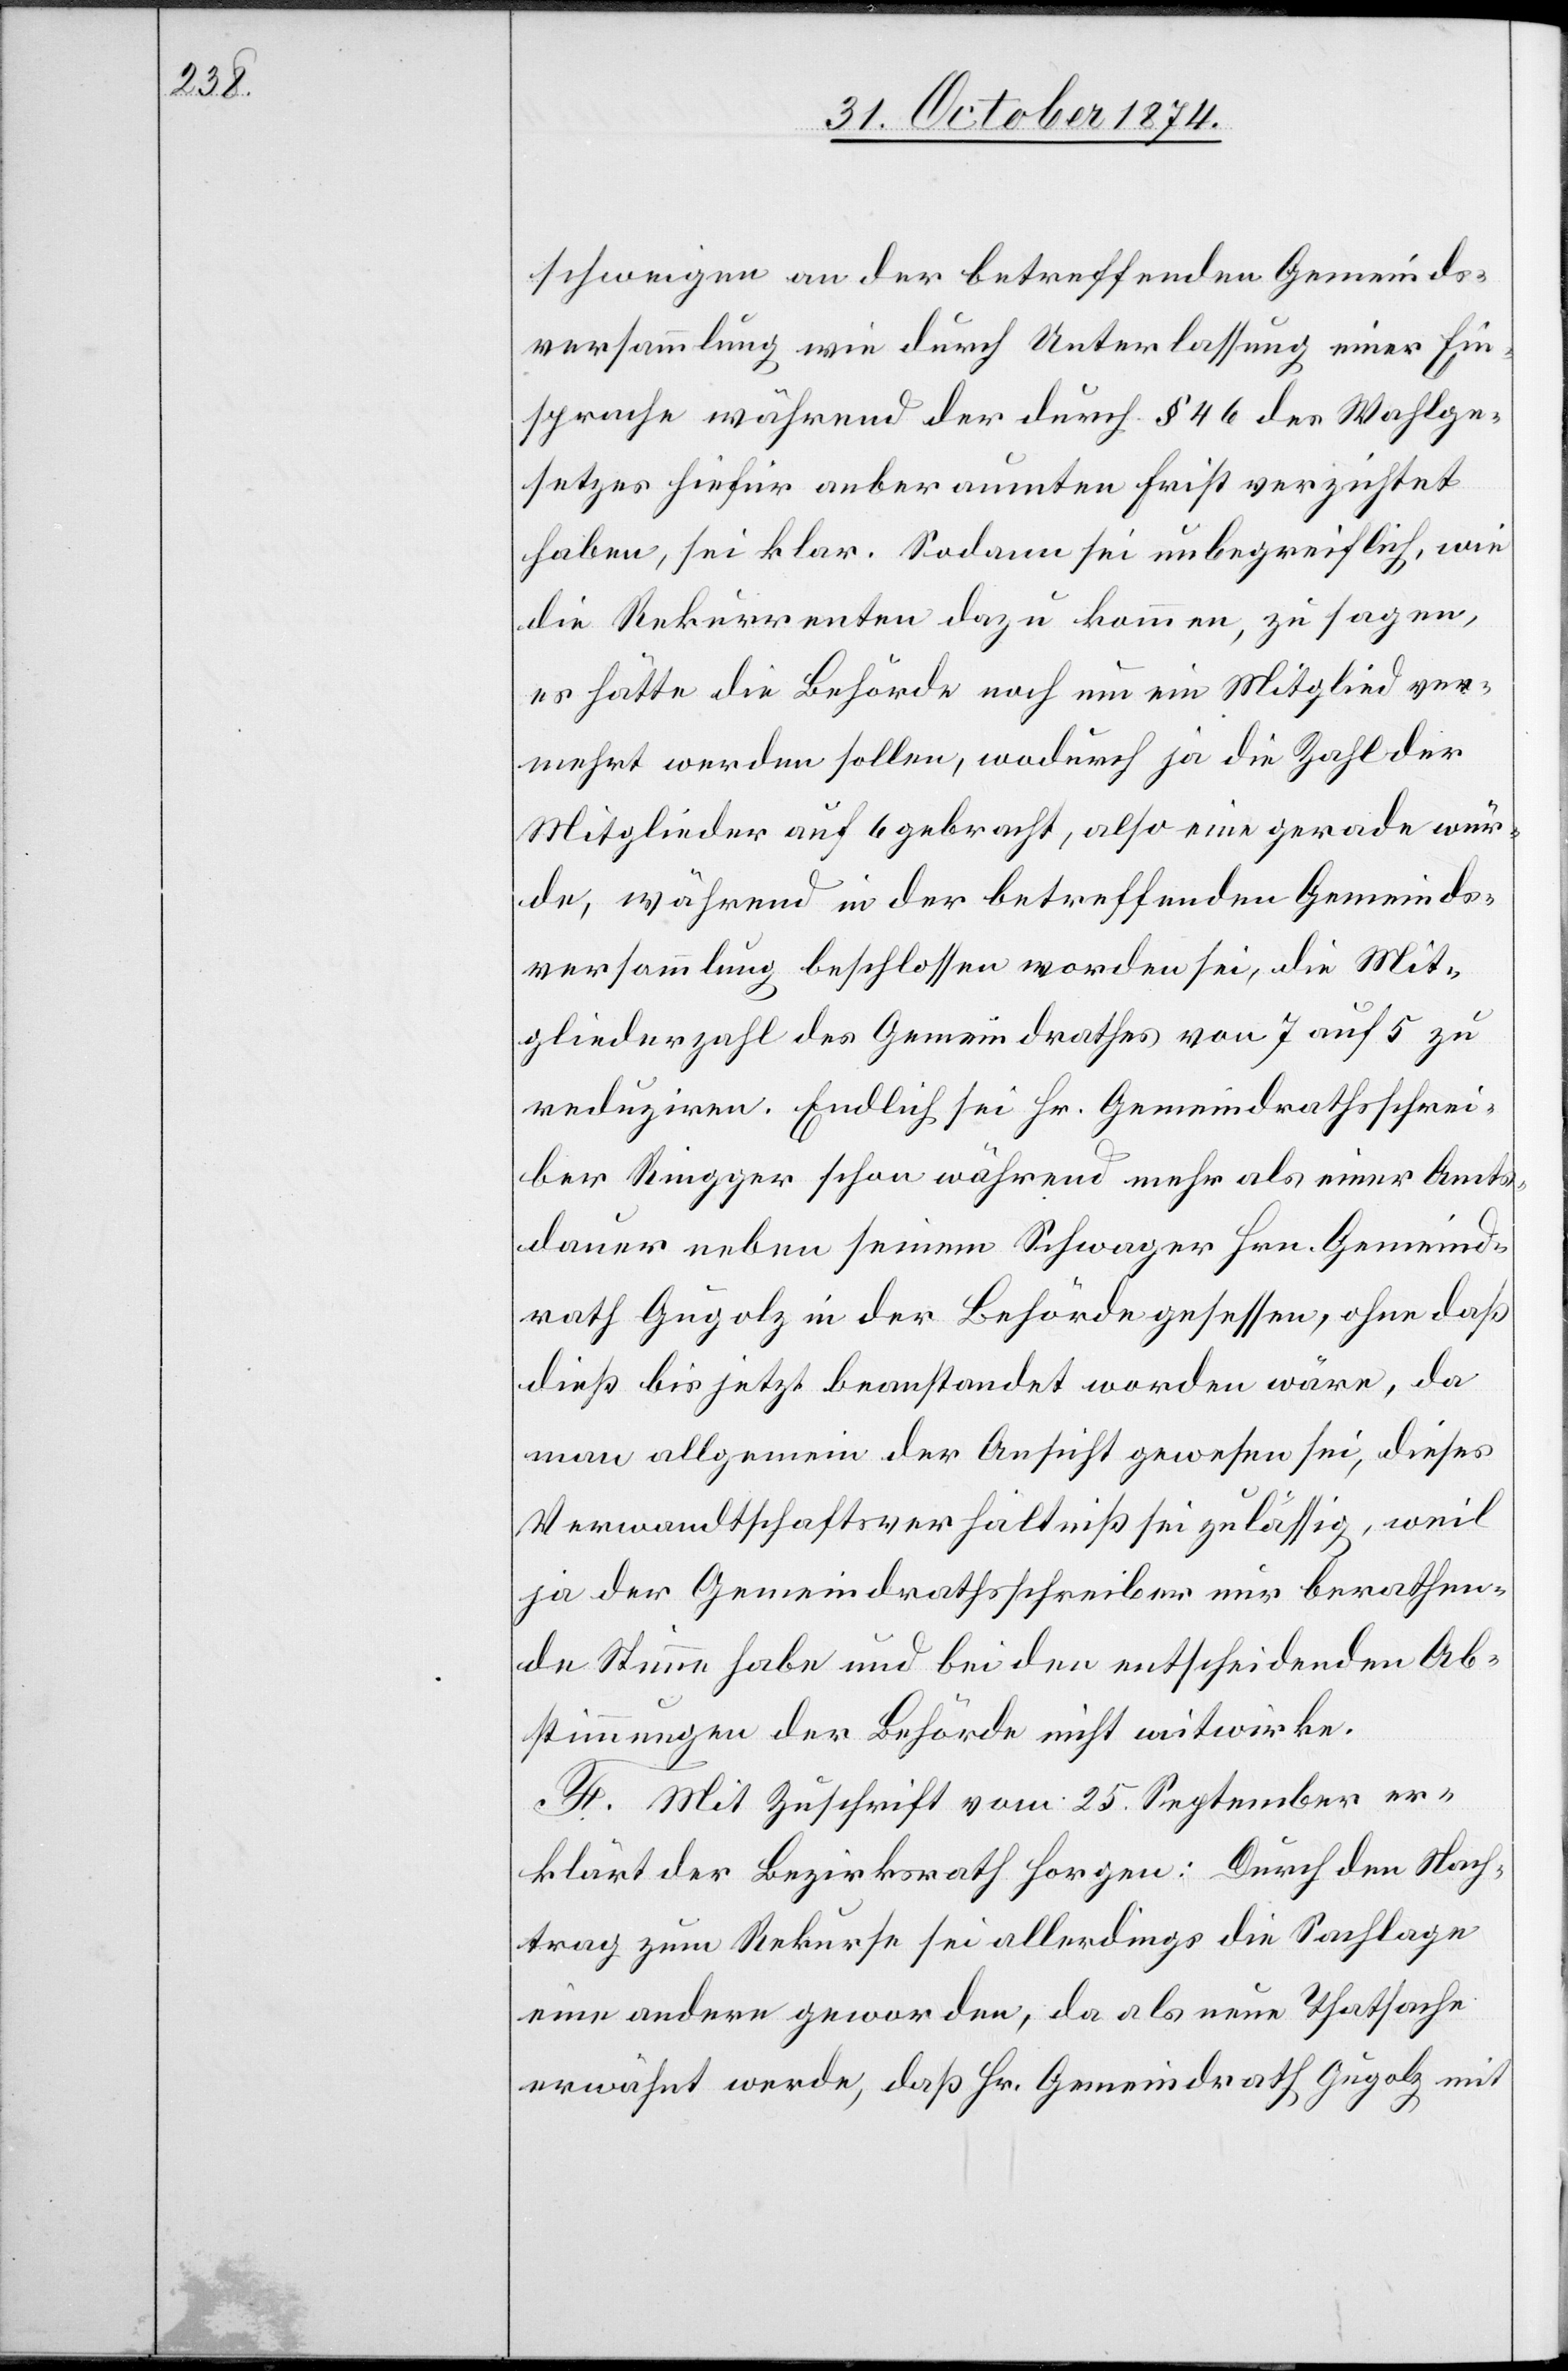
schweigen an der betreffenden Gemeinds¬
versammlung wie durch Unterlassung einer Ein¬
sprache während der durch § 46 des Wahlge¬
setzes hiefür anberaumten Frist verzichtet
haben, sei klar. Sodann sei unbegreiflich, wie
die Rekurrenten dazu kommen, zu sagen,
es hätte die Behörde noch um ein Mitglied ver¬
mehrt werden sollen, wodurch ja die Zahl der
Mitglieder auf 6 gebracht, also eine gerade wur¬
de, während in der betreffenden Gemeinds¬
versammlung beschlossen worden sei, die Mit¬
gliederzahl des Gemeindrathes von 7 auf 5 zu
reduziren. Endlich sei Hr. Gemeindrathsschrei¬
ber Ringger schon während mehr als einer Amts¬
dauer neben seinem Schwager Hrn. Gemeind¬
rath Gugolz in der Behörde gesessen, ohne daß
dieß bis jetzt beanstandet worden wäre, da
man allgemein der Ansicht gewesen sei, dieses
Verwandtschaftsverhältniß sei zulässig, weil
ja der Gemeindrathsschreiber nur berathen¬
de Stimme habe und bei den entscheidenden Ab¬
stimmungen der Behörde nicht mitwirke.
F. Mit Zuschrift vom 25. September er¬
klärt der Bezirksrath Horgen: Durch den Nach¬
trag zum Rekurse sei allerdings die Sachlage
eine andere geworden, da als neue Thatsache
erwähnt werde, daß Hr. Gemeindrath Gugolz mit